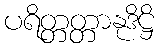
ပရိတ္တတ္တာနုဒိဋ္ဌိ